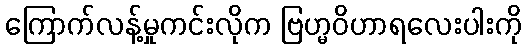
ကြောက်လန့်မှုကင်းလိုက ဗြဟ္မဝိဟာရလေးပါးကို